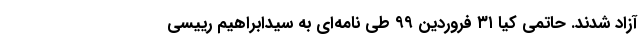
آزاد شدند. حاتمی کیا ۳۱ فروردین ۹۹ طی نامه‌ای به سیدابراهیم رییسی